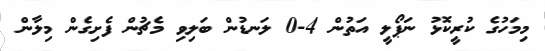
މިމަހުގެ ކުރީކޮޅު ނަޕޯލީ އަތުން 4-0 ލަނޑުން ބަލިވި މެޗުން ފެށިގެން މިލާން